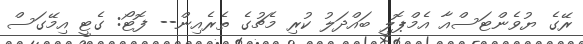
ރޭގެ ޔުވެންޓަސްއާ އެމްޕޮލީ ބައްދަލު ކުރި މެޗުގެ ތެރެއިން-- ފޮޓޯ: ގެޓީ އިމޭގަސް